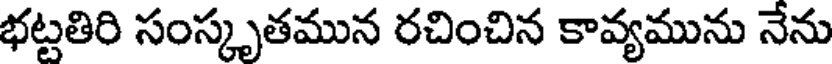
భట్టతిరి సంస్కృతమున రచించిన కావ్యమును నేను